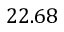
2 2 . 6 8